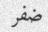
ضفر